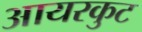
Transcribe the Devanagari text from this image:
आयरकुट